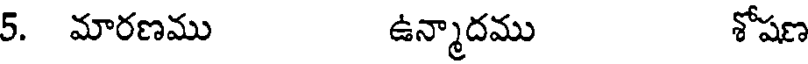
5. మారణము ఉన్మాదము శోషణ